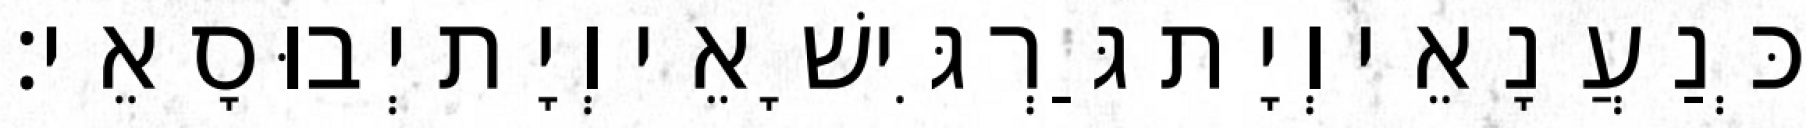
כְּנַעֲנָאֵי וְיָת גַּרְגִּישָׁאֵי וְיָת יְבוּסָאֵי׃